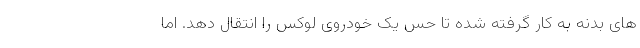
های بدنه به کار گرفته شده تا حس یک خودروی لوکس را انتقال دهد. اما